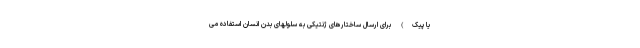
یا پیک) برای ارسال ساختارهای ژنتیکی به سلولهای بدن انسان استفاده می